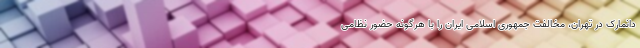
دانمارک در تهران، مخالفت جمهوری اسلامی ایران را با هرگونه حضور نظامی